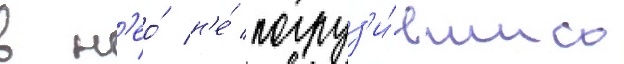
в н'ео́ н'е́ погруз'и́вшись